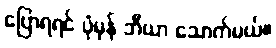
ပြောရရင် ပုံမှန် ဘီယာ သောက်မယ်။